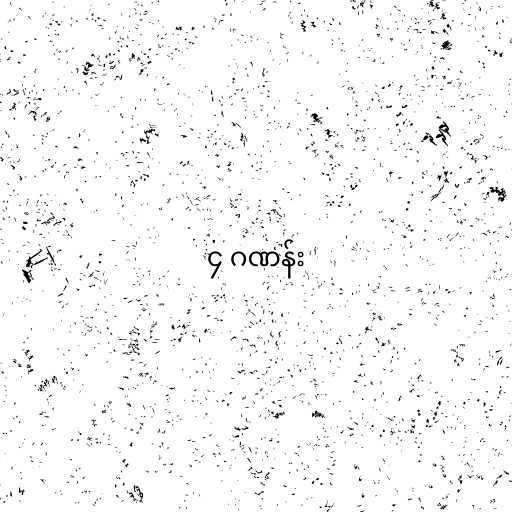
၄ ဂဏန်း